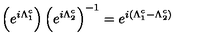
\left( e ^ { i \Lambda _ { 1 } ^ { c } } \right) \left( e ^ { i \Lambda _ { 2 } ^ { c } } \right) ^ { - 1 } = e ^ { i ( \Lambda _ { 1 } ^ { c } - \Lambda _ { 2 } ^ { c } ) }